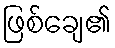
ဖြစ်ချေ၏